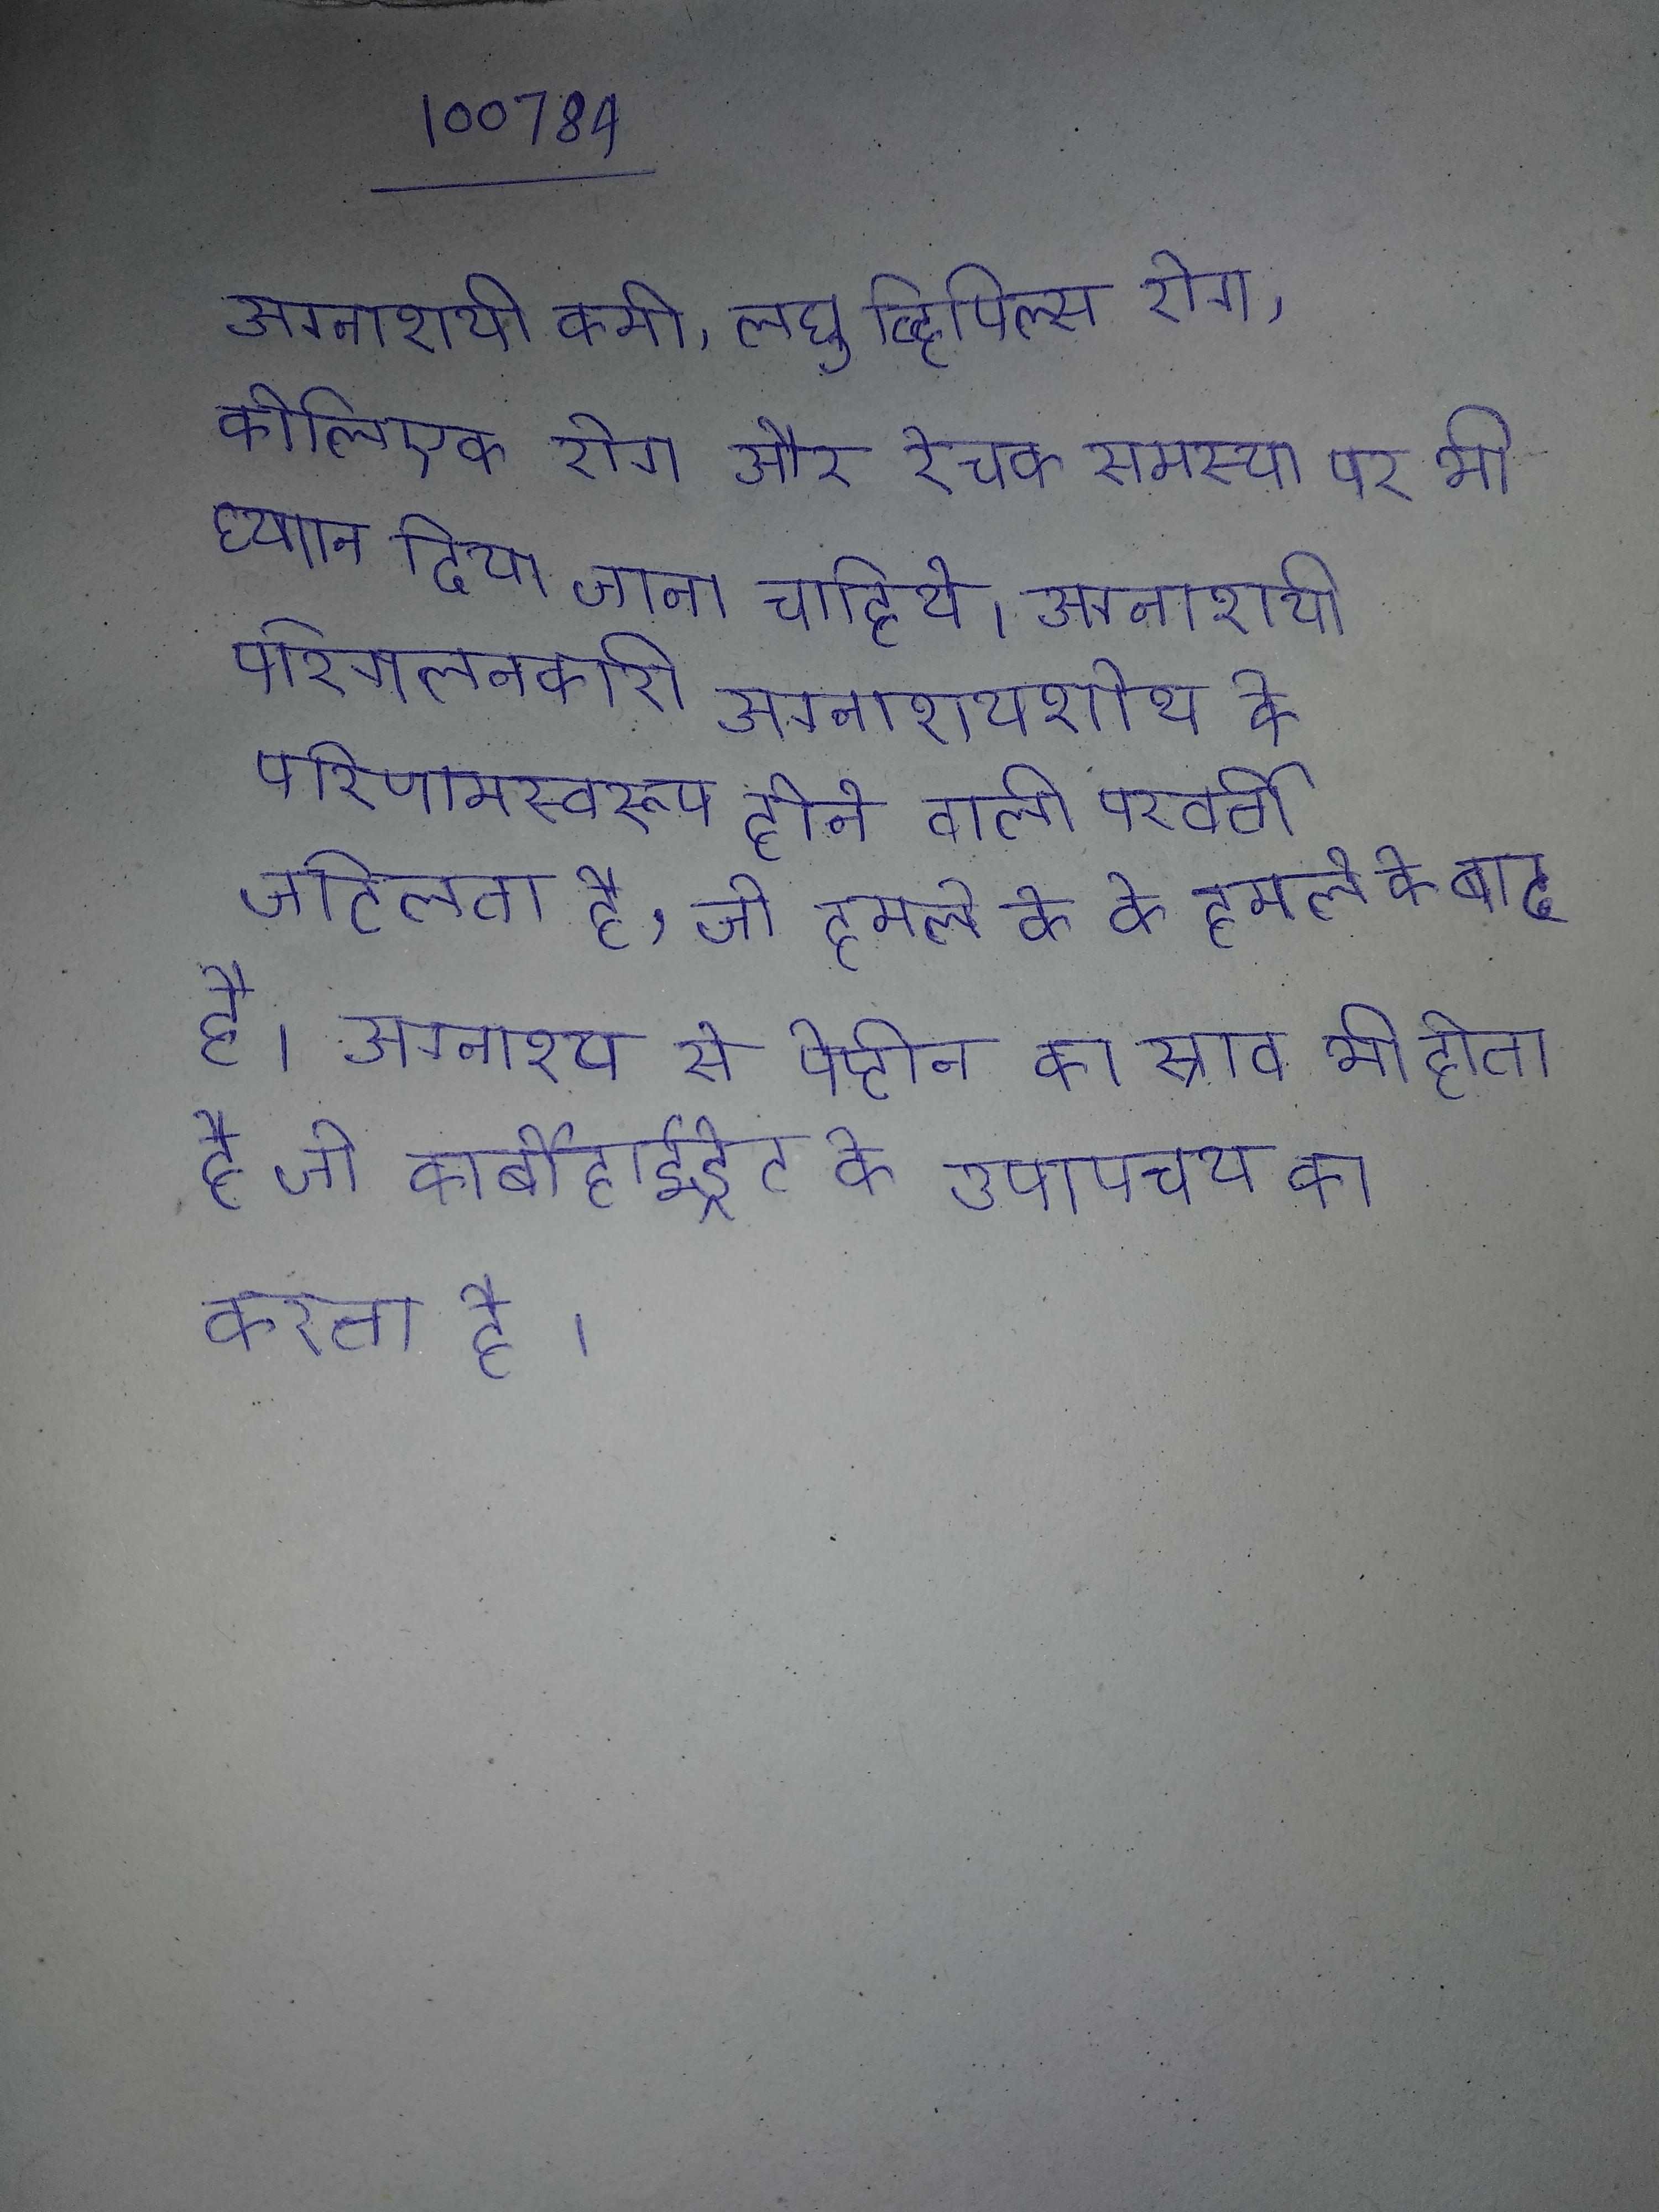
अग्नाशयी कमी, लघु व्हिपिल्स रोग, कोलिएक रोग और रेचक समस्या पर भी ध्यान दिया जाना चाहिये । अग्नाशयी परिगलनकारी अग्नाशयशोथ के परिणामस्वरूप होने वाली परवर्ती जटिलता है, जो हमले के के हमले के बाद होती है । अग्नाश्य से पेप्टीन का स्राव भी होता है जो कार्बोहाईड्रेट के उपापचय का करता है ।